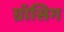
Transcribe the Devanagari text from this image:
ग्रॉसिग